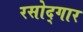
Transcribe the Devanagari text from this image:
रसोद्गार